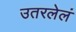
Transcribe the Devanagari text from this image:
उतरलेलं